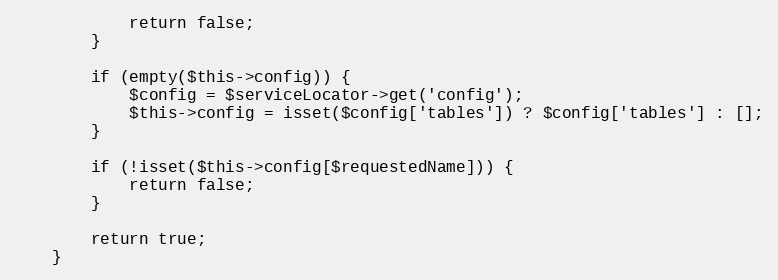
Language: PHP
            return false;
        }

        if (empty($this->config)) {
            $config = $serviceLocator->get('config');
            $this->config = isset($config['tables']) ? $config['tables'] : [];
        }

        if (!isset($this->config[$requestedName])) {
            return false;
        }

        return true;
    }